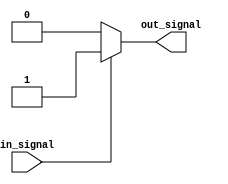
module active_high_buffer (
    input wire in_signal,
    output reg out_signal
);

always @ (in_signal)
begin
    if (in_signal == 1'b1)
        out_signal = 1'b1;
    else
        out_signal = 1'b0;
end

endmodule